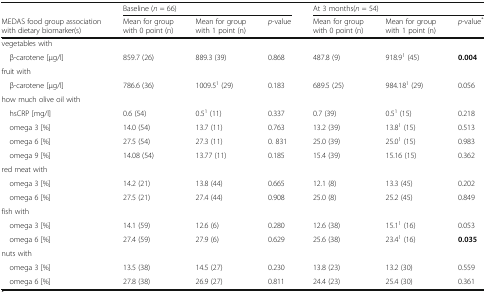
<table><thead><tr><td></td><td colspan="3"><b>Baseline (<i>n</i> = 66)</b></td><td colspan="3"><b>At 3 months(<i>n</i> = 54)</b></td></tr><tr><td><b>MEDAS food group association with dietary biomarker(s)</b></td><td><b>Mean for group with 0 point (n)</b></td><td><b>Mean for group with 1 point (n)</b></td><td><b><i>p</i>-value</b></td><td><b>Mean for group with 0 point (n)</b></td><td><b>Mean for group with 1 point (n)</b></td><td><b><i>p</i>-value<sup>*</sup></b></td></tr></thead><tbody><tr><td colspan="7">vegetables with</td></tr><tr><td> β-carotene [μg/l]</td><td>859.7 (26)</td><td>889.3 (39)</td><td>0.868</td><td>487.8 (9)</td><td>918.9<sup>1</sup> (45)</td><td><b>0.004</b></td></tr><tr><td colspan="7">fruit with</td></tr><tr><td> β-carotene [μg/l]</td><td>786.6 (36)</td><td>1009.5<sup>1</sup> (29)</td><td>0.183</td><td>689.5 (25)</td><td>984.18<sup>1</sup> (29)</td><td>0.056</td></tr><tr><td colspan="7">how much olive oil with</td></tr><tr><td> hsCRP [mg/l]</td><td>0.6 (54)</td><td>0.5<sup>1</sup> (11)</td><td>0.337</td><td>0.7 (39)</td><td>0.5<sup>1</sup> (15)</td><td>0.218</td></tr><tr><td> omega 3 [%]</td><td>14.0 (54)</td><td>13.7 (11)</td><td>0.763</td><td>13.2 (39)</td><td>13.8<sup>1</sup> (15)</td><td>0.513</td></tr><tr><td> omega 6 [%]</td><td>27.5 (54)</td><td>27.3 (11)</td><td>0. 831</td><td>25.0 (39)</td><td>25.0<sup>1</sup> (15)</td><td>0.983</td></tr><tr><td> omega 9 [%]</td><td>14.08 (54)</td><td>13.77 (11)</td><td>0.185</td><td>15.4 (39)</td><td>15.16 (15)</td><td>0.362</td></tr><tr><td colspan="7">red meat with</td></tr><tr><td> omega 3 [%]</td><td>14.2 (21)</td><td>13.8 (44)</td><td>0.665</td><td>12.1 (8)</td><td>13.3 (45)</td><td>0.202</td></tr><tr><td> omega 6 [%]</td><td>27.5 (21)</td><td>27.4 (44)</td><td>0.908</td><td>25.0 (8)</td><td>25.2 (45)</td><td>0.849</td></tr><tr><td colspan="7">fish with</td></tr><tr><td> omega 3 [%]</td><td>14.1 (59)</td><td>12.6 (6)</td><td>0.280</td><td>12.6 (38)</td><td>15.1<sup>1</sup> (16)</td><td>0.053</td></tr><tr><td> omega 6 [%]</td><td>27.4 (59)</td><td>27.9 (6)</td><td>0.629</td><td>25.6 (38)</td><td>23.4<sup>1</sup> (16)</td><td><b>0.035</b></td></tr><tr><td colspan="7">nuts with</td></tr><tr><td> omega 3 [%]</td><td>13.5 (38)</td><td>14.5 (27)</td><td>0.230</td><td>13.8 (23)</td><td>13.2 (30)</td><td>0.559</td></tr><tr><td> omega 6 [%]</td><td>27.8 (38)</td><td>26.9 (27)</td><td>0.811</td><td>24.4 (23)</td><td>25.4 (30)</td><td>0.361</td></tr></tbody></table>